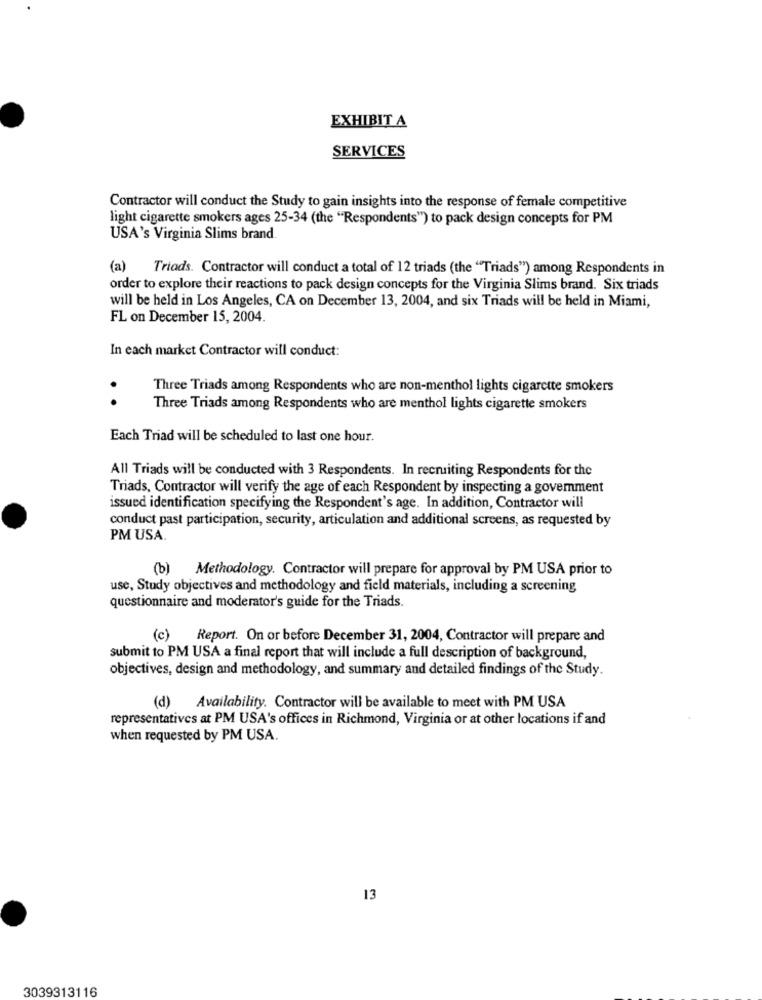
EXHIBIT A
SERVICES
Contractor will conduct the Study to gain insights into the response of female competitive
light cigarette smokers ages 25-34 (the "Respondents") to pack design concepts for PM
USA's Virginia Slims brand.
(a) Triads. Contractor will conduct a total of 12 triads (the "Triads") among Respondents in
order to explore their reactions to pack design concepts for the Virginia Slims brand. Six triads
will be held in Los Angeles, CA on December 13, 2004, and six Triads will be held in Miami,
FL on December 15, 2004.
In each market Contractor will conduct:
Three Triads among Respondents who are non-menthol lights cigarette smokers
. .
Three Triads among Respondents who are menthol lights cigarette smokers
Each Triad will be scheduled to last one hour.
All Triads will be conducted with 3 Respondents. In recruiting Respondents for the
Triads, Contractor will verify the age of each Respondent by inspecting a govemment
issued identification specifying the Respondent's age. In addition, Contractor will
conduct past participation, security, articulation and additional screens, as requested by
PM USA
(b) Methodology. Contractor will prepare for approval by PM USA prior to
use, Study objectives and methodology and field materials, including a screening
questionnaire and moderator's guide for the Triads.
(c)
Report. On or before December 31, 2004, Contractor will prepare and
submit to PM USA a final report that will include a full description of background,
objectives, design and methodology, and summary and detailed findings of the Study.
(d) Availability. Contractor will be available to meet with PM USA
representatives at PM USA's offices in Richmond, Virginia or at other locations if and
when requested by PM USA.
13
3039313116